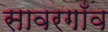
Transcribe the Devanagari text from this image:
सावरगाँव